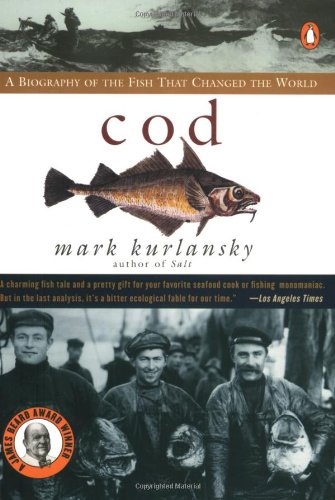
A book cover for Cod: A Biography of the Fish that Changed the World; Mark Kurlansky; Cookbooks, Food & Wine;